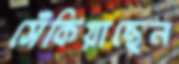
সেঁকিয়াছেন